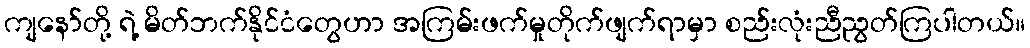
ကျနော်တို့ ရဲ့ မိတ်ဘက်နိုင်ငံတွေဟာ အကြမ်းဖက်မှုတိုက်ဖျက်ရာမှာ စည်းလုံးညီညွတ်ကြပါတယ်။